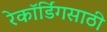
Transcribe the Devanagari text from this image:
रेकॉर्डिंगसाठी